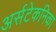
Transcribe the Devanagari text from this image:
अर्सटेकनिका